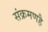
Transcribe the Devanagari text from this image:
संक्रमणहै